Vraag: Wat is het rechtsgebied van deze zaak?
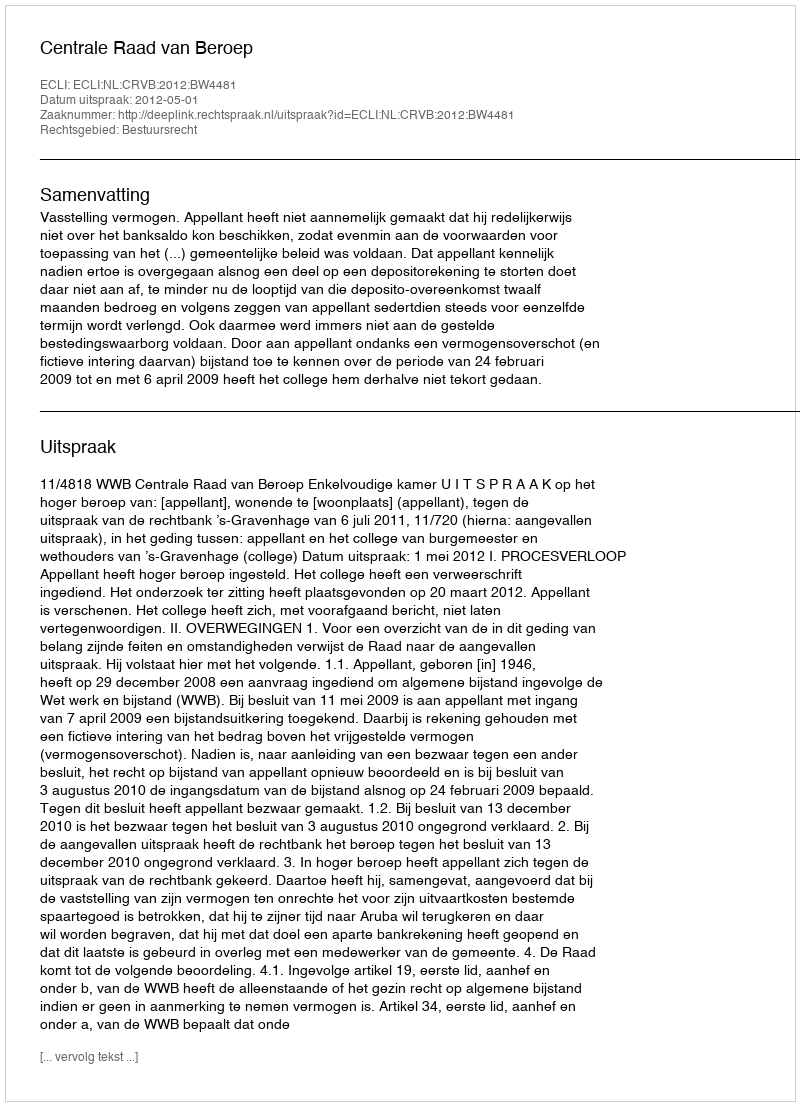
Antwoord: Bestuursrecht